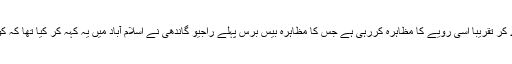
بھارت کے وزیر خارجہ وزیر دفاع کشمیر کی صورت حال کو داخلی امن وامان کامسئلہ قرار دے کر تقریباََ اسی رویے کا مظاہرہ کررہی ہے جس کا مظاہرہ بیس برس پہلے راجیو گاندھی نے اسلام آباد میں یہ کہہ کر کیا تھا کہ کون سا مسئلہ کشمیر ،اقوام متحدہ کی کیسی قراردادیں وہاں تو کئی بار انتخابات منعقد ہو چکے ہیں ۔